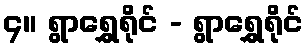
၄။ ရွာရွှေရိုင် - ရွာရွှေရိုင်